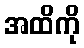
အထိကို